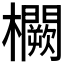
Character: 𭬸